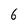
Character: 6